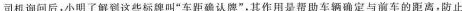
司机询问后，小明了解到这些标牌叫”车距确认牌”，其作用是帮助车辆确定与前车的距离，防止